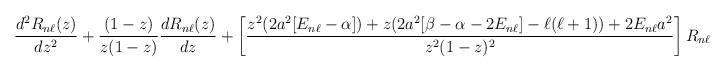
LaTeX: \begin{align*}\frac{d^2R_{n\ell}(z)}{dz^2}+\frac{(1-z)}{z(1-z)}\frac{dR_{n\ell}(z)}{dz}+\left[\frac{z^2(2a^2[E_{n\ell}-\alpha])+z(2a^2[\beta-\alpha-2E_{n\ell}]-\ell(\ell+1))+2E_{n\ell}a^2}{z^2(1-z)^2}\right]R_{n\ell}(z)=0.\end{align*}